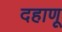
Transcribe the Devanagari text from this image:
दहाणू